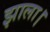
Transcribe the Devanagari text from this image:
झाला।